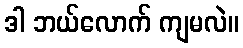
ဒါ ဘယ်လောက် ကျမလဲ။